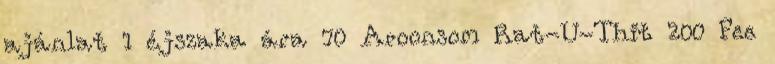
ajánlat 1 éjszaka ára 70 Aroonsom Rat-U-Thit 200 Pee